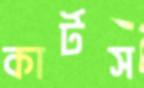
কার্টস